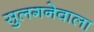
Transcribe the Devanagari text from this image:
सुलगनेवाला